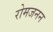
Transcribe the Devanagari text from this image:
रोमजनन